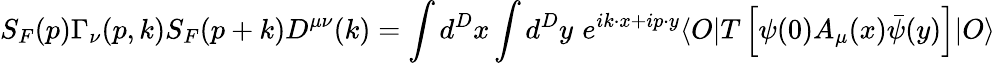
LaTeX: S_{F}(p)\Gamma_{\nu}(p,k)S_{F}(p+k)D^{\mu\nu}(k)=\int d^{D}x\int d^{D}y\, \, e^{ik\cdot x+ip\cdot y}\langle O\vert T\left[\psi(0)A_{\mu}(x)\bar{\psi}(y)\right]\vert O\rangle